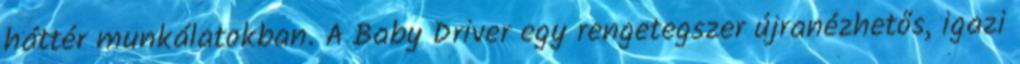
háttér munkálatokban. A Baby Driver egy rengetegszer újranézhetős, igazi